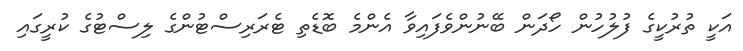
އަކީ ތުރުކީގެ ފުލުހުން ހޯދަން ބޭނުންވެފައިވާ އެންމެ ބޮޑެތި ޓެރަރިސްޓުންގެ ލިސްޓުގެ ކުރީގައި